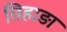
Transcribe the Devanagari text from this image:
तिहाड़ा